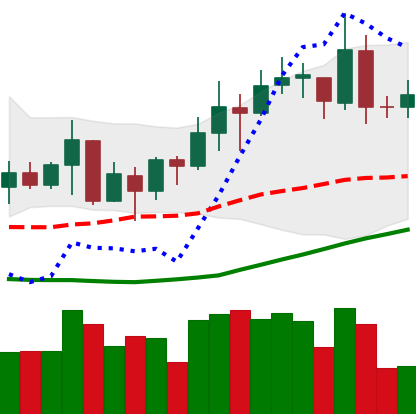
Ticker: XMR-USD
Chart end date: 2020-07-18
Forward return: 6.744%
Label: up_5_7